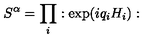
S ^ { \alpha } = \prod _ { i } : \exp ( i q _ { i } H _ { i } ) :